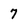
Character: 7